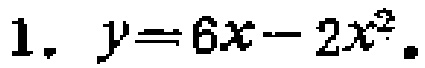
$1.\ y = 6x - 2x^{2}.$